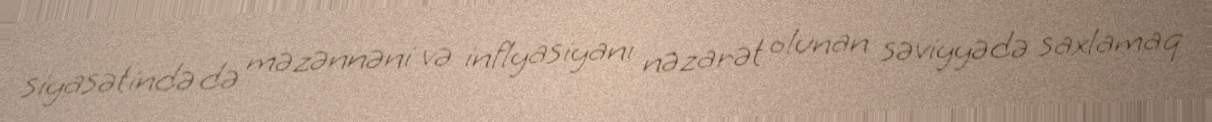
siyasətində də məzənnəni və inflyasiyanı nəzarət olunan səviyyədə saxlamaq